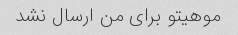
موهیتو برای من ارسال نشد ‌